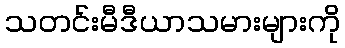
သတင်းမီဒီယာသမားများကို